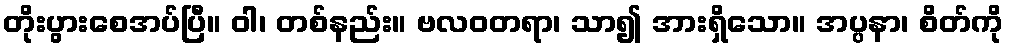
တိုးပွားစေအပ်ပြီ။ ဝါ၊ တစ်နည်း။ ဗလဝတရာ၊ သာ၍ အားရှိသော။ အပ္ပနာ၊ စိတ်ကို